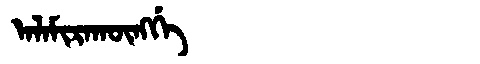
Manchu: ᠠᠯᠠᠮᡳᡵᠠᡴᡡᠩᡤᡝ
Romanization: ALAMIRAKŪNGGE